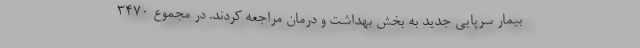
بیمار سرپایی جدید به بخش بهداشت و درمان مراجعه کردند. در مجموع ۳۴۷۰